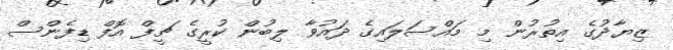
ޒިޔާދުގެ އިތުރުން މި މައްސަލައިގެ ދައުވާ ލިބުން ކުރީގެ ޗީފް އޮފް ޑިފެންސް